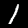
Digit: 1